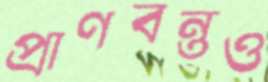
প্রাণবন্তও